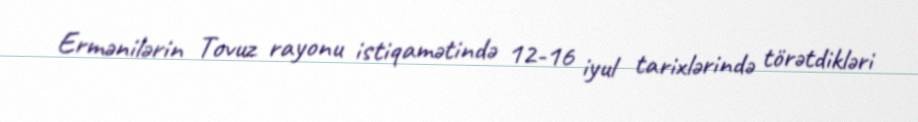
Ermənilərin Tovuz rayonu istiqamətində 12-16 iyul tarixlərində törətdikləri